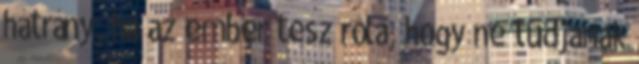
hátrány, ha az ember tesz róla, hogy ne tudjanak